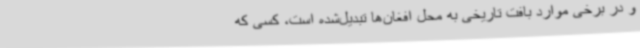
و در برخی موارد بافت تاریخی به محل افغان‌ها تبدیل‌شده است، کسی که